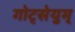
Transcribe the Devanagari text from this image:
गोट्सेयुम्